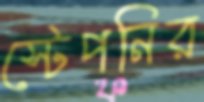
স্টেপনির